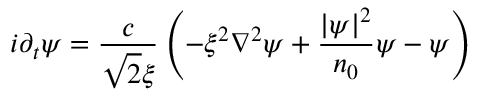
i \partial _ { t } \psi = \frac { c } { \sqrt { 2 } \xi } \left( - \xi ^ { 2 } \nabla ^ { 2 } \psi + \frac { | \psi | ^ { 2 } } { n _ { 0 } } \psi - \psi \right)